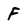
Character: F